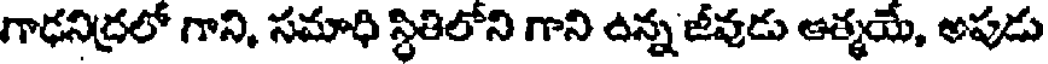
గాఢనిద్రలో గాని, సమాధి స్థితిలోని గాని ఉన్న జీవుడు ఆత్మయే, అపుడు